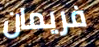
فريمان